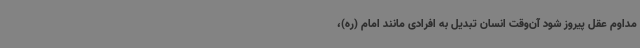
مداوم عقل پیروز شود آن‌وقت انسان تبدیل به افرادی مانند امام (ره)،